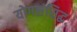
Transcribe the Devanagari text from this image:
योगसंसिद्धः